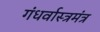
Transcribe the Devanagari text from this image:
गंधर्वास्त्रमंत्र